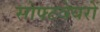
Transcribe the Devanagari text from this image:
सोफ्टवेयरों